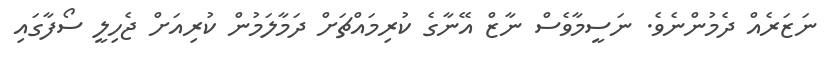
ނަޒަރެއް ދެމުންނެވެ. ނަސީމާވެސް ނާޒް އޭނާގެ ކުރިމައްޗަށް ދަމާލަމުން ކުރިއަށް ޖެހިލީ ސޯފާގައި